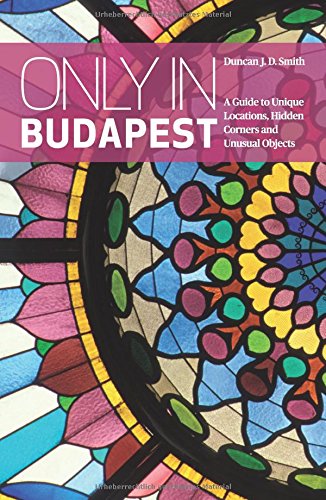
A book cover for Only in Budapest: A Guide to Unique Locations, Hidden Corners and Unusual Objects (Only in Guides); Duncan J. D. Smith; Travel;